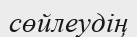
сөйлеудің